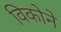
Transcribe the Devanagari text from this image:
विकोने